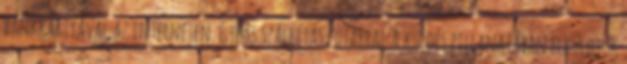
bankkártyával az interneten. Gyors szállítás futárral.A küldés pillanatában elküldjük